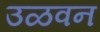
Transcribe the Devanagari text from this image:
उळवन